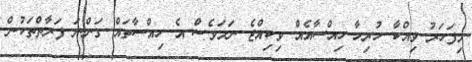
މިފަހަރު ވިއްކާ ހުރިހާ ހިއްސާއެއް ވިކިއްޖެ ނަމަވެސް އެ ހިއްސާތައް ގަންނަ ފަރާތްތަކުން